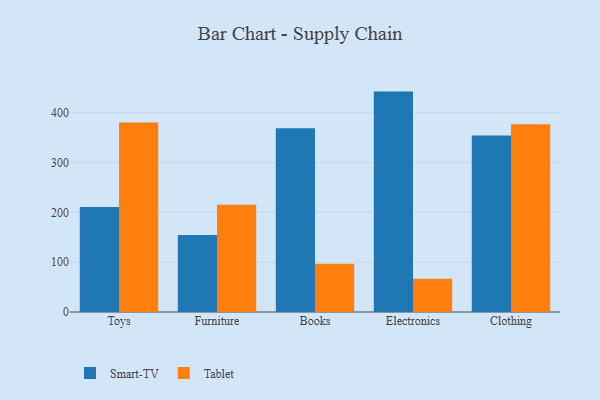
{"axis": {"x": "Category", "y": "Page Views"}, "legend": ["Smart-TV", "Tablet"], "data": [{"x": "Toys", "y": 210.6, "type": "Smart-TV"}, {"x": "Toys", "y": 380.4, "type": "Tablet"}, {"x": "Furniture", "y": 154.5, "type": "Smart-TV"}, {"x": "Furniture", "y": 215.5, "type": "Tablet"}, {"x": "Books", "y": 369.1, "type": "Smart-TV"}, {"x": "Books", "y": 96.8, "type": "Tablet"}, {"x": "Electronics", "y": 442.5, "type": "Smart-TV"}, {"x": "Electronics", "y": 66.8, "type": "Tablet"}, {"x": "Clothing", "y": 354.3, "type": "Smart-TV"}, {"x": "Clothing", "y": 376.7, "type": "Tablet"}]}